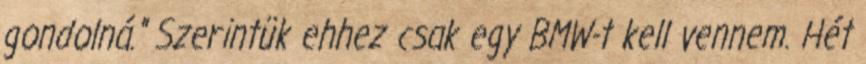
gondolná." Szerintük ehhez csak egy BMW-t kell vennem. Hét